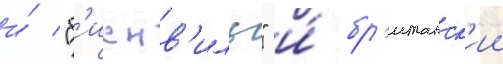
и́ "б'иенв'иль" и́ бр'итанск'ии